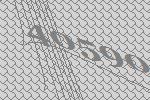
40590